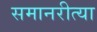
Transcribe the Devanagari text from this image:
समानरीत्या